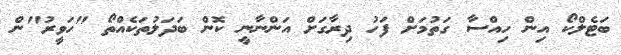
ބަޓެލްކޯ އިން ހިއްސާ ގަތުމަށް ފަހު ދިރާގަށް އަންނާނީ ކޮން ބަދަލުތަކެއްތޯ "ހަވީރު"ން